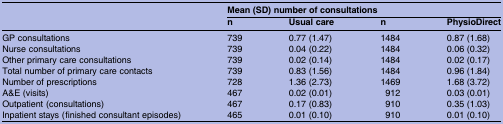
<table><thead><tr><td><b> </b></td><td colspan="4"><b>Mean (SD) number of consultations</b></td></tr><tr><td></td><td><b>n</b></td><td><b>Usual care</b></td><td><b>n</b></td><td><b>PhysioDirect</b></td></tr></thead><tbody><tr><td>GP consultations</td><td>739</td><td>0.77 (1.47)</td><td>1484</td><td>0.87 (1.68)</td></tr><tr><td>Nurse consultations</td><td>739</td><td>0.04 (0.22)</td><td>1484</td><td>0.06 (0.32)</td></tr><tr><td>Other primary care consultations</td><td>739</td><td>0.02 (0.14)</td><td>1484</td><td>0.02 (0.17)</td></tr><tr><td>Total number of primary care contacts</td><td>739</td><td>0.83 (1.56)</td><td>1484</td><td>0.96 (1.84)</td></tr><tr><td>Number of prescriptions</td><td>728</td><td>1.36 (2.73)</td><td>1469</td><td>1.68 (3.72)</td></tr><tr><td>A&amp;E (visits)</td><td>467</td><td>0.02 (0.01)</td><td>912</td><td>0.03 (0.01)</td></tr><tr><td>Outpatient (consultations)</td><td>467</td><td>0.17 (0.83)</td><td>910</td><td>0.35 (1.03)</td></tr><tr><td>Inpatient stays (finished consultant episodes)</td><td>465</td><td>0.01 (0.10)</td><td>910</td><td>0.01 (0.10)</td></tr></tbody></table>